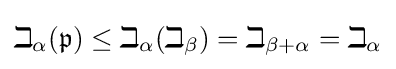
\beth _{\alpha }({\mathfrak {p}})\leq \beth _{\alpha }(\beth _{\beta })=\beth _{\beta +\alpha }=\beth _{\alpha }